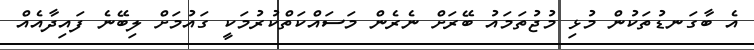
އެ ބާގަނޑުތަކުން މުޅި މުޖުތަމައު ބޭރަށް ނެރެން މަސައްކަތްކުރުމަކީ ގައުމަށް ލިބޭނެ ފައިދާއެއް